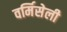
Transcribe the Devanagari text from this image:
वर्मिसेली